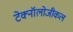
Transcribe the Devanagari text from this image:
टेक्नॉलोजीकल